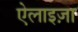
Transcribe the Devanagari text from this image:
ऐलाइज़ा